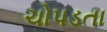
ચોપડતા